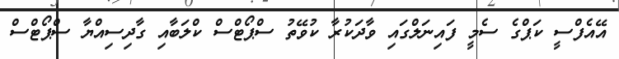
އޭއެފްސީ ކަޕްގެ ސެމީ ފައިނަލްގައި ވާދަކުރާ ކުވޭތު ސްޕޯޓްސް ކްލަބާއި ގާދިސިއްޔާ ސްޕޯޓްސް